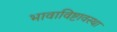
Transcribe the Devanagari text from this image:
भावाविष्टावस्था